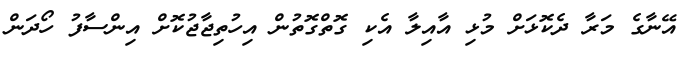
އޭނާގެ މަރާ ދެކޮޅަށް މުޅި އާއިލާ އެކި ގޮތްގޮތުން އިހުތިޖާޖުކޮށް އިންސާފު ހޯދަން